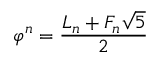
\varphi ^ { n } = { \frac { L _ { n } + F _ { n } { \sqrt { 5 } } } { 2 } }